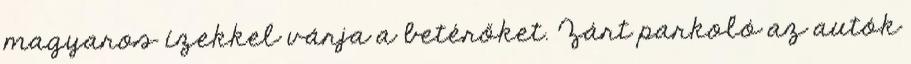
magyaros ízekkel várja a betérőket. Zárt parkoló az autók